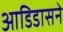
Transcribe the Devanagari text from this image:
आडिडासने